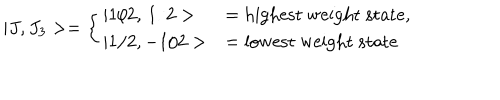
LaTeX: | J , J _ { 3 } > = \left\{ \begin{array} { l l } { { | 1 / 2 , \, 1 / 2 > } } & { { = { \mathrm { h i g h e s t ~ w e i g h t ~ s t a t e } } , } } \\ { { | 1 / 2 , - 1 / 2 > } } & { { = { \mathrm { l o w e s t ~ w e i g h t ~ s t a t e } } } } \\ \end{array} \right.